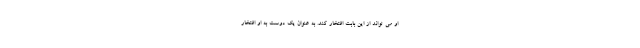
او می تواند از این بابت افتخار کند. به عنوان یک دوست به او افتخار